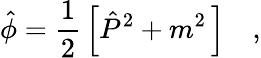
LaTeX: \hat{\phi}=\frac{1}{2}\, \left[\hat{P}^{2}+m^{2}\, \right]\ \ \ \ ,